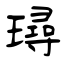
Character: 璕